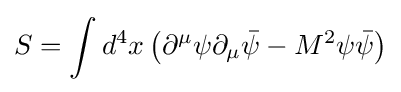
S=\int d^{4}x\left(\partial ^{\mu }\psi \partial _{\mu }{\bar {\psi }}-M^{2}\psi {\bar {\psi }}\right)